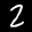
Label: 2